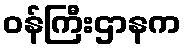
ဝန်ကြီးဌာနက